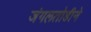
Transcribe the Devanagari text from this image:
जंगलतोडीने